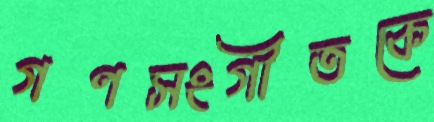
গণসংগীতকে